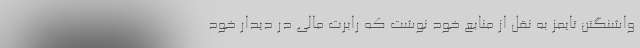
واشنگتن تایمز به نقل از منابع خود نوشت كه رابرت مالی در دیدار خود